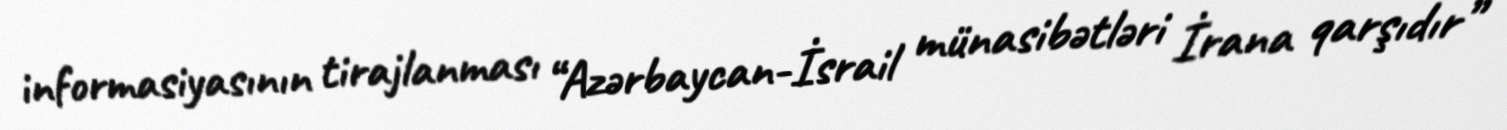
informasiyasının tirajlanması “Azərbaycan-İsrail münasibətləri İrana qarşıdır”